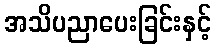
အသိပညာပေးခြင်းနှင့်